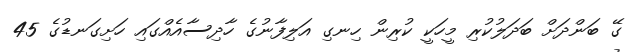
ގޭ ބަންދަށް ބަދަލުކުރި މީހަކީ ކުރިން ހިނގި އަލިފާނުގެ ހާދިސާއެއްގައި ހަށިގަނޑުގެ 45